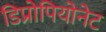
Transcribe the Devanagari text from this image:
डिप्रोपियोनेट